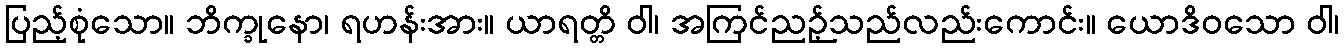
ပြည့်စုံသော။ ဘိက္ခုနော၊ ရဟန်းအား။ ယာရတ္တိ ဝါ၊ အကြင်ညဉ့်သည်လည်းကောင်း။ ယောဒိဝသော ဝါ၊